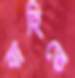
বাহিতে